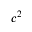
c ^ { 2 }